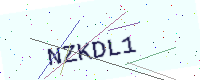
Text: NZKDL1